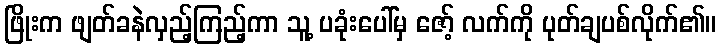
ဖြိုးက ဖျတ်ခနဲလှည့်ကြည့်ကာ သူ့ ပခုံးပေါ်မှ ဇော့် လက်ကို ပုတ်ချပစ်လိုက်၏။